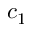
c _ { 1 }